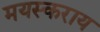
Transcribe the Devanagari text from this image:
मयस्कराय